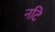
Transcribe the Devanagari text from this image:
नटि